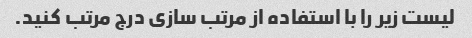
لیست زیر را با استفاده از مرتب سازی درج مرتب کنید.